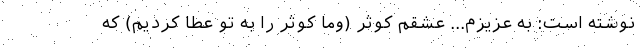
نوشته است: به عزیزم... عشقم کوثر (وما کوثر را به تو عطا کردیم) که